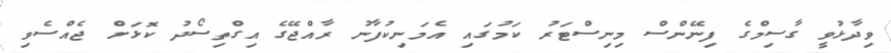
ވިދާޅުވީ ގާސިމްގެ ފިނޭންސް މިނިސްޓަރު ކަމުގައި އެމަނިކުފާނު ރާއްޖޭގެ އިގްތިސޯދު ކޮޅަށް ޖެއްސެވި